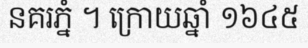
នគរភ្នំ ។ ក្រោយឆ្នាំ ១៦៤៥